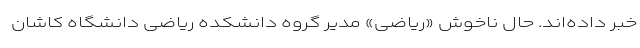
خبر داده‌اند. حال ناخوش «ریاضی» مدیر گروه دانشکده ریاضی دانشگاه کاشان